Civil Veterinary Department Bihar reports 1936-40 - 1936-1940
Year: 1936
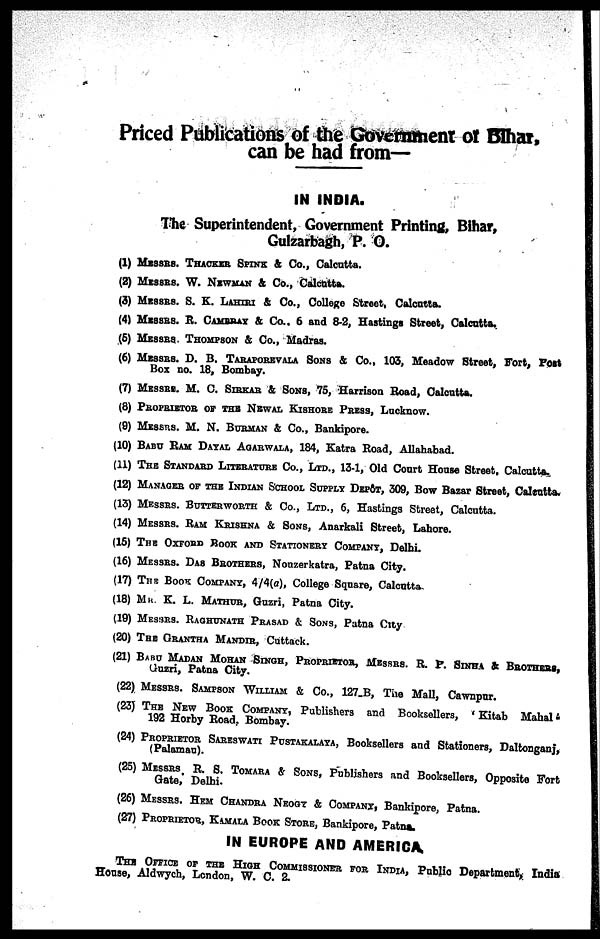
Priced Publications of the Government of Bihar,
can be had from—
IN INDIA.
The Superintendent, Government Printing, Bihar,
Gulzarbagh, P. O.
(1) MESSRS. THACKER SPINK & Co., Calcutta.
(2) MESSRS. W. NEWMAN & Co., Calcutta.
(3) MESSRS. S. K. LAHIRI & Co., College Street, Calcutta.
(4) MESSRS. R. CAMBRAY & Co., 6 and 8-2, Hastings Street, Calcutta.
(5) MESSRS. THOMPSON & Co., Madras.
(6) MESSRS. D. B. TARAPOREVALA SONS & Co., 103, Meadow Street, Fort, Post
Box no. 18, Bombay.
(7) Messrs. M. C. Sibkar & Sons, 75, Harrison Road, Calcutta.
(8) Proprietor or the Newal Kishore Press, Lucknow.
(9) MESSRS. M. N. Burman & Co., Bankipore.
(10) Babu Ram Dayal Agarwala, 184, Katra Road, Allahabad.
(11) The Standard Literature Co., Ltd., 13-1, Old Court House Street, Calcutta.
((12) MANAGER OF THE INDIAN SCHOOL SUPPLY DEPÔT, 309, Bow Bazar Street, Calcu
(13) MESSRS. BUTTERWORTH & Co., LTD., 6, Hastings Street, Calcutta.
(14) MESSRS. BAM KRISHNA & SONS, Anarkali Street, Lahore.
(15) THE OXFORD BOOK AND STATIONERY COMPANY, Delhi.
(16) MESSRS. DAS BROTHERS, Nouzerkatra, Patna City.
(17) THE BOOK COMPANY, 4/4(a), College Square, Calcutta
(18) Mu. K. L. MATHUR, Guzri, Patna City.
(19) MESSRS. RAGHUNATH PRASAD & SONS, Patna City
(20) THE GRANTHA MANDIR, Cuttack.
(21) BABU MADAN MOHAN SINGH, PROPRIETOR, MESSRS. R. P. SINHA & BROTHER
Guzri, Patna City.
(22) MESSRS. SAMPSON WILLIAM & Co., 127_B, The Mall, Cawnpur.
(23) THE NEW BOOK COMPANY, Publishers and Booksellers, 'Kitab Mahal'
192 Horby Road, Bombay.
(24) PROPRIETOR SARESWATI PUSTAKALAYA, Booksellers and Stationers, Daltonganj,
(Palamau).
(25) MESSRS, R. S. TOMARA & SONS, Publishers and Booksellers, Opposite Fort
Gate, Delhi.
(26) MESSRS. HEM CHANDRA NEOGY & COMPANY, Bankipore, Patna.
(27) PROPRIETOR, KAMALA BOOK STORE, Bankipore, Patna.
IN EUROPE AND AMERICA
THE OFFICE OF THE HIGH COMMISSIONER FOR INDIA, Public Department, India Hou